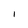
Character: I